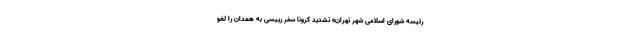
رئیسه شورای اسلامی شهر تهران» تشدید کرونا سفر رییسی به همدان را لغو